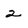
Character: 2